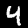
Label: 4